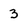
Character: 3